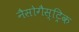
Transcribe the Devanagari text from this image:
नैसोगैस्ट्रिक